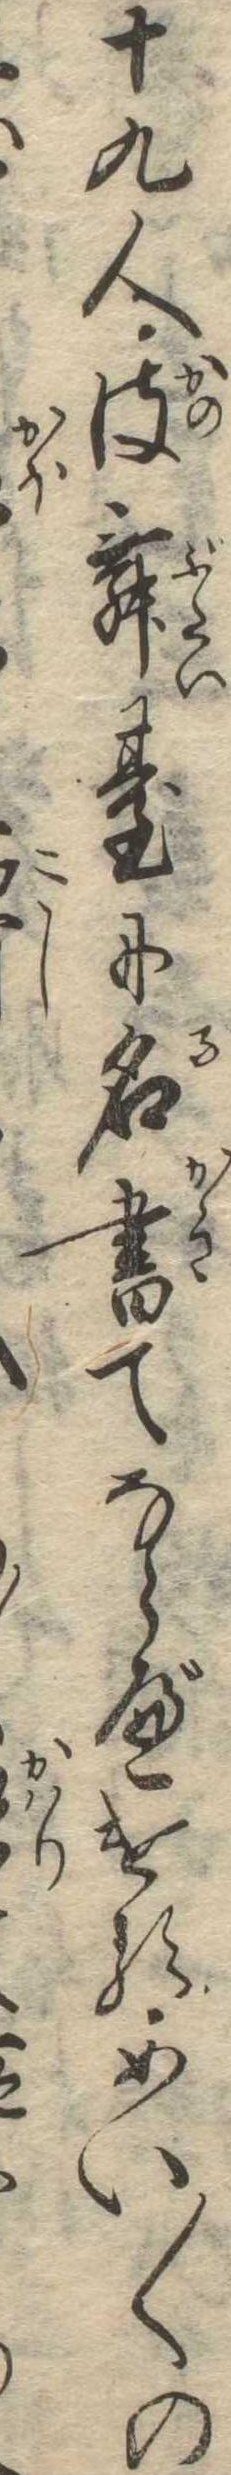
十九人彼舞台に名書てならべけるめい〱の